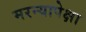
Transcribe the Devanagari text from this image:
मरन्यापेक्षा